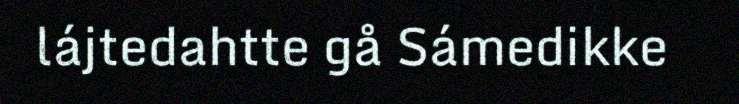
lájtedahtte gå Sámedikke